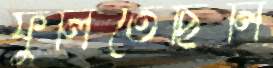
ফুলিতেছিলি